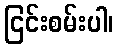
ငြင်းစမ်းပါ၊